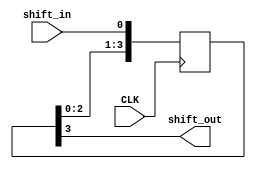
module four_Bits_Shift_Register

//ports declarations
(
	input 	 shift_in,
	input 	 CLK,
	output	 shift_out	
);

reg [3:0] bits;
assign shift_out = bits[3];

always@(posedge CLK)
	begin
		bits[0] <= shift_in;
		bits[1] <= bits[0];
		bits[2] <= bits[1];
		bits[3] <= bits[2];
	end
	
endmodule